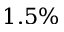
1 . 5 \%